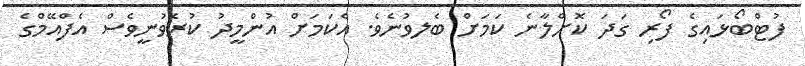
ފުޓްބޯޅައިގެ ފޯރި ގަދަ ކޮށްލާނެ ކަމަށް ބެލވުނެވެ. އެކަމަށް އުންމީދު ކުރެވުނީވެސް އެފްއޭމްގެ